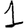
Digit: 1